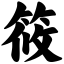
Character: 筱